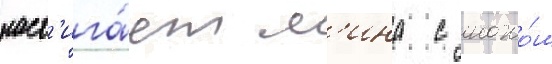
наст'ига́ет л'ина с ножо́м